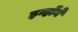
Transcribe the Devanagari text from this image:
इन्होेंने